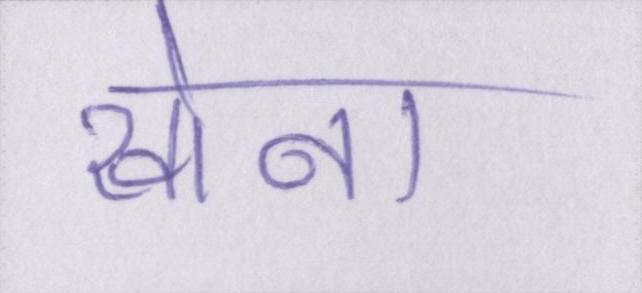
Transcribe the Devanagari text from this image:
खोना